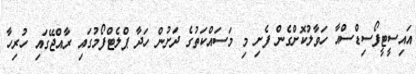
އައިސީޓީފޯސިޑްސްއާ ހަވާލުކޮށްގެން ފެށި މި މަސައްކަތުގެ ދަށުން ހަދާ ޕްލެޓްފޯމުގައި ރާއްޖޭގައި ހުރިހާ